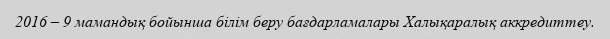
2016 – 9 мамандық бойынша білім беру бағдарламалары Халықаралық аккредиттеу.